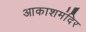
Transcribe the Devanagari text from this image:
आकाशमंदिर